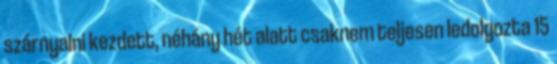
szárnyalni kezdett, néhány hét alatt csaknem teljesen ledolgozta 15